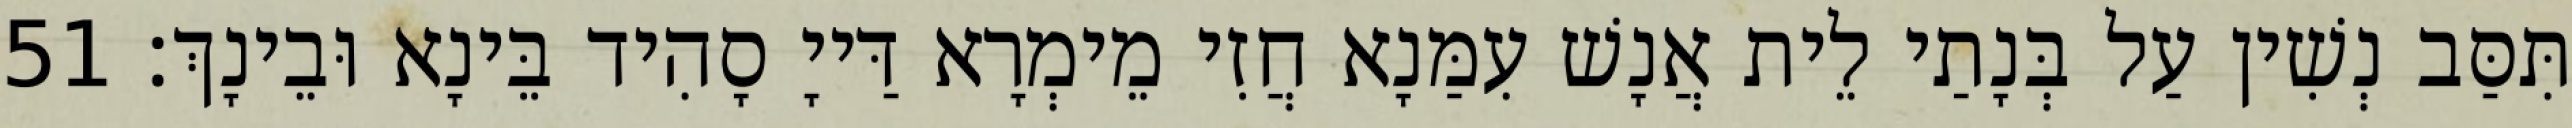
תִּסַּב נְשִׁין עַל בְּנָתַי לֵית אֲנָשׁ עִמַּנָא חֲזִי מֵימְרָא דַּייָ סָהִיד בֵּינָא וּבֵינָךְ׃ 51